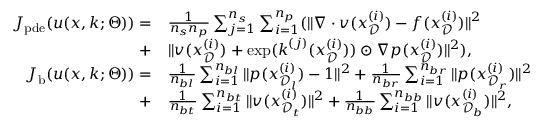
\begin{array} { r l } { J _ { \mathrm { p d e } } ( u ( \boldsymbol { x } , \boldsymbol { k } ; \Theta ) ) = } & { \frac { 1 } { n _ { s } n _ { p } } \sum _ { j = 1 } ^ { n _ { s } } \sum _ { i = 1 } ^ { n _ { p } } ( \| \nabla \cdot \boldsymbol { v } ( \boldsymbol { x } _ { \mathcal { D } } ^ { ( i ) } ) - f ( \boldsymbol { x } _ { \mathcal { D } } ^ { ( i ) } ) \| ^ { 2 } } \\ { + } & { \| \boldsymbol { v } ( \boldsymbol { x } _ { \mathcal { D } } ^ { ( i ) } ) + \exp ( \boldsymbol { k } ^ { ( j ) } ( \boldsymbol { x } _ { \mathcal { D } } ^ { ( i ) } ) ) \odot \nabla p ( \boldsymbol { x } _ { \mathcal { D } } ^ { ( i ) } ) \| ^ { 2 } ) , } \\ { J _ { \mathrm { b } } ( u ( \boldsymbol { x } , \boldsymbol { k } ; \Theta ) ) = } & { \frac { 1 } { n _ { b l } } \sum _ { i = 1 } ^ { n _ { b l } } \| p ( \boldsymbol { x } _ { \mathcal { D } _ { l } } ^ { ( i ) } ) - 1 \| ^ { 2 } + \frac { 1 } { n _ { b r } } \sum _ { i = 1 } ^ { n _ { b r } } \| p ( \boldsymbol { x } _ { \mathcal { D } _ { r } } ^ { ( i ) } ) \| ^ { 2 } } \\ { + } & { \frac { 1 } { n _ { b t } } \sum _ { i = 1 } ^ { n _ { b t } } \| \boldsymbol { v } ( \boldsymbol { x } _ { \mathcal { D } _ { t } } ^ { ( i ) } ) \| ^ { 2 } + \frac { 1 } { n _ { b b } } \sum _ { i = 1 } ^ { n _ { b b } } \| \boldsymbol { v } ( \boldsymbol { x } _ { \mathcal { D } _ { b } } ^ { ( i ) } ) \| ^ { 2 } , } \end{array}